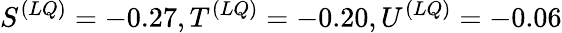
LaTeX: S^{(LQ)}=-0.27,T^{(LQ)}=-0.20,U^{(LQ)}=-0.06